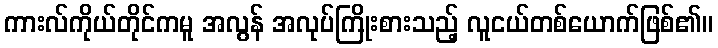
ကားလ်ကိုယ်တိုင်ကမူ အလွန် အလုပ်ကြိုးစားသည့် လူငယ်တစ်ယောက်ဖြစ်၏။